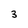
Character: 3